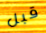
قبل